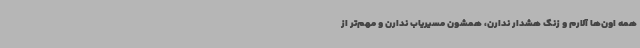
همه اون‌ها آلارم و زنگ هشدار ندارن، همشون مسیریاب ندارن و مهم‌تر از